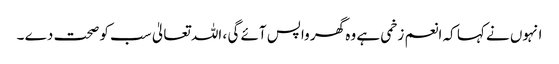
انہوں نے کہا کہ انعم زخمی ہے وہ گھر واپس آئے گی ، اللہ تعالیٰ سب کو صحت دے ۔